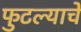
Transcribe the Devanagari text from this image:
फुटल्याचे